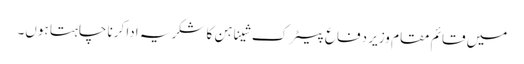
میں قائم مقام وزیر دفاع پیٹرک شیناہن کا شکریہ ادا کرنا چاہتا ہوں۔